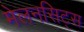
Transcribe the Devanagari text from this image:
मेलनसिट्स